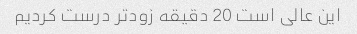
این عالی است 20 دقیقه زودتر درست کردیم